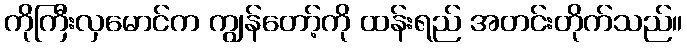
ကိုကြီးလှမောင်က ကျွန်တော့်ကို ထန်းရည် အတင်းတိုက်သည်။